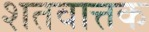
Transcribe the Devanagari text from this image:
शतवात्तक